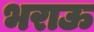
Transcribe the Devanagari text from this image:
भराऊ